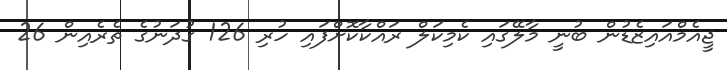
ޖީއެމްއައިޒެޑުން ބުނީ މާލޭގައި ކެމިކަލް ރައްކާކޮށްފައި ހުރި 126 ގުދަނުގެ ތެރެއިން 26